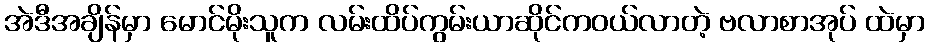
အဲဒီအချိန်မှာ မောင်မိုးသူက လမ်းထိပ်ကွမ်းယာဆိုင်ကဝယ်လာတဲ့ ဗလာစာအုပ် ထဲမှာ